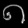
Digit: ၈